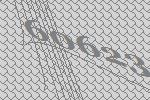
60623